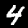
Label: 4